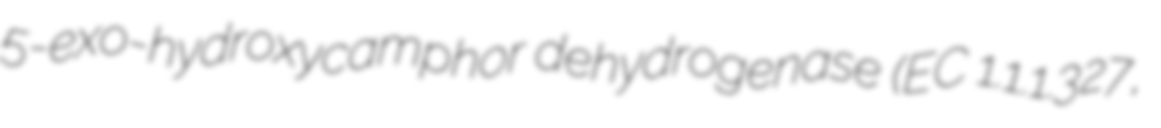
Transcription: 5-exo-hydroxycamphor dehydrogenase (EC 1.1.1.327,